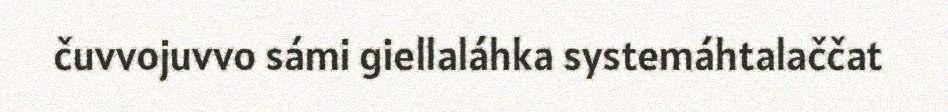
čuvvojuvvo sámi giellaláhka systemáhtalaččat